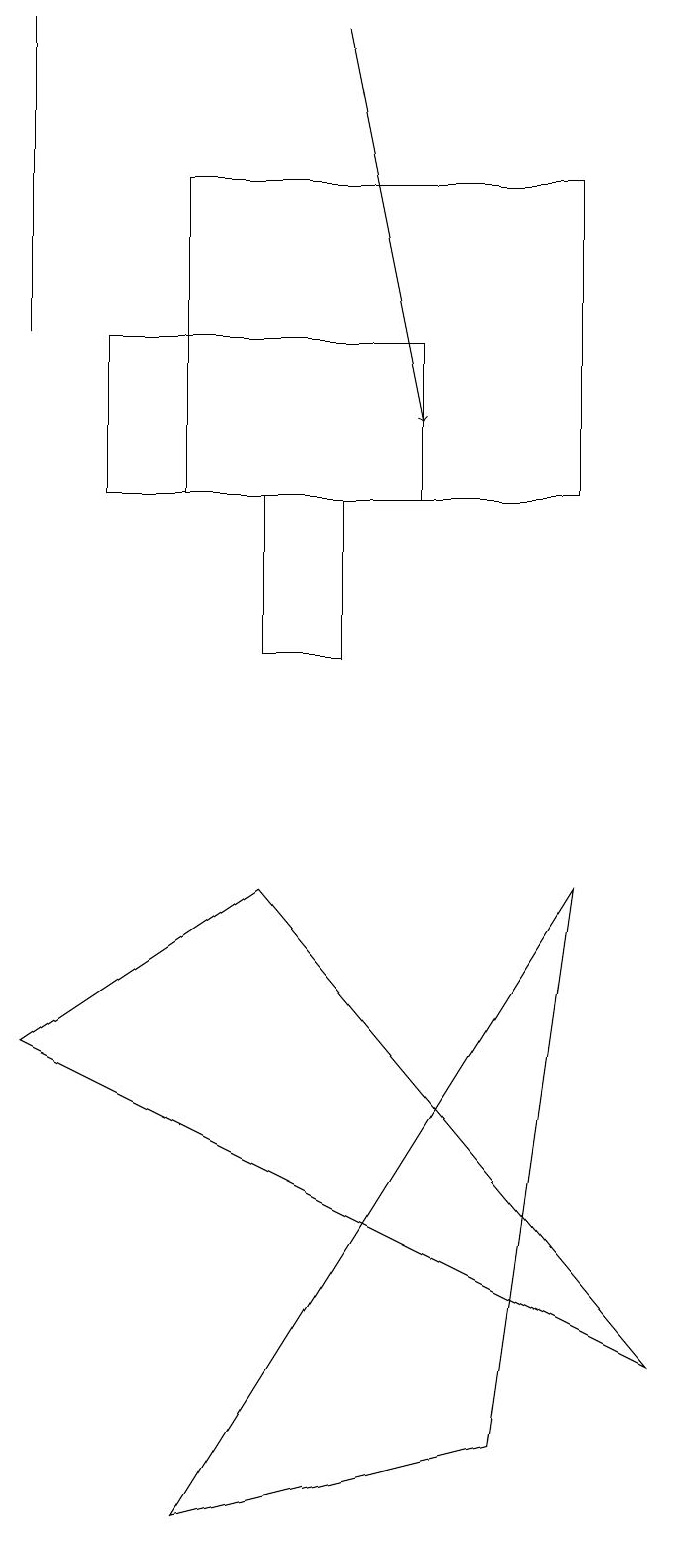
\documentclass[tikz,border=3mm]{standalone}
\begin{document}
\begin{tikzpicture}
\draw (0,19) rectangle (0,15);
\draw (1,15) rectangle (5,13);
\draw (7,13) rectangle (2,17);
\draw[->] (4,19) -- (5,14);
\draw (2,0) -- (7,8) -- (6,1) -- cycle;
\draw (8,2) -- (0,6) -- (3,8) -- cycle;
\draw (3,13) rectangle (4,11);
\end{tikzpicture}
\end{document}